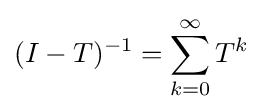
(I-T)^{-1}=\sum _{k=0}^{\infty }T^{k}